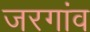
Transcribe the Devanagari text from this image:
जरगांव